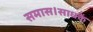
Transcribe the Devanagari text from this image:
समास।साधकें